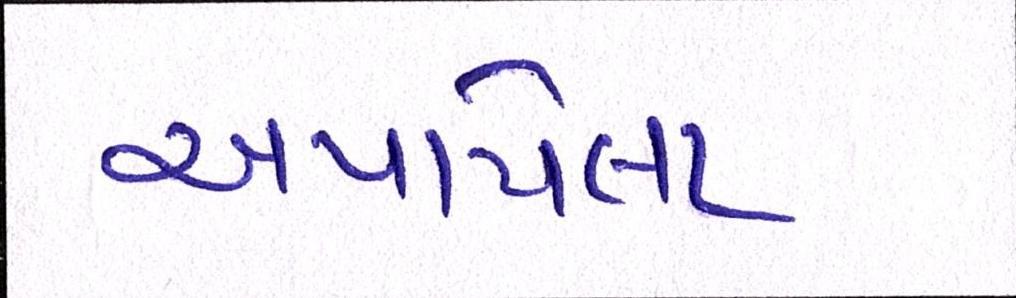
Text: અપાયેલા